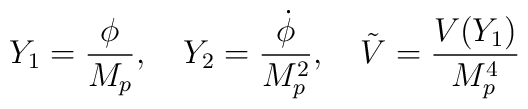
Y_1={\phi \over M_p},\quad Y_2={\dot{\phi} \over M_p^2},\quad \tilde{V}={ V(Y_1) \over M_p^4}